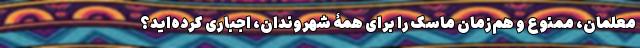
معلمان، ممنوع و هم‌زمان ماسک را برای همۀ شهروندان، اجباری کرده‌اید؟